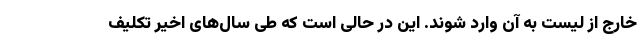
خارج از لیست به آن وارد شوند. این در حالی است که طی سال‌های اخیر تکلیف